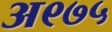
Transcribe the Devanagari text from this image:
अ९७५